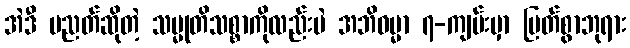
အဲဒီ ပညတ်ဆိုတဲ့ သမ္မုတိသစ္စာကိုလည်းပဲ အဘိဓမ္မာ ၇-ကျမ်းမှာ မြတ်စွာဘုရား